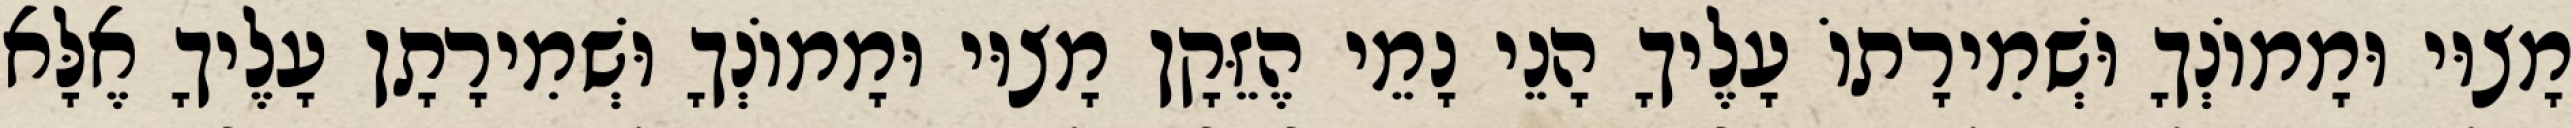
מָצוּי וּמָמוֹנְךָ וּשְׁמִירָתוֹ עָלֶיךָ הָנֵי נָמֵי הֶזֵּקָן מָצוּי וּמָמוֹנְךָ וּשְׁמִירָתָן עָלֶיךָ אֶלָּא